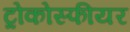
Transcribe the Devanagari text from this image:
ट्रोकोस्फीयर